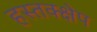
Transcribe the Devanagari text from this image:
हस्तक्क्षेप